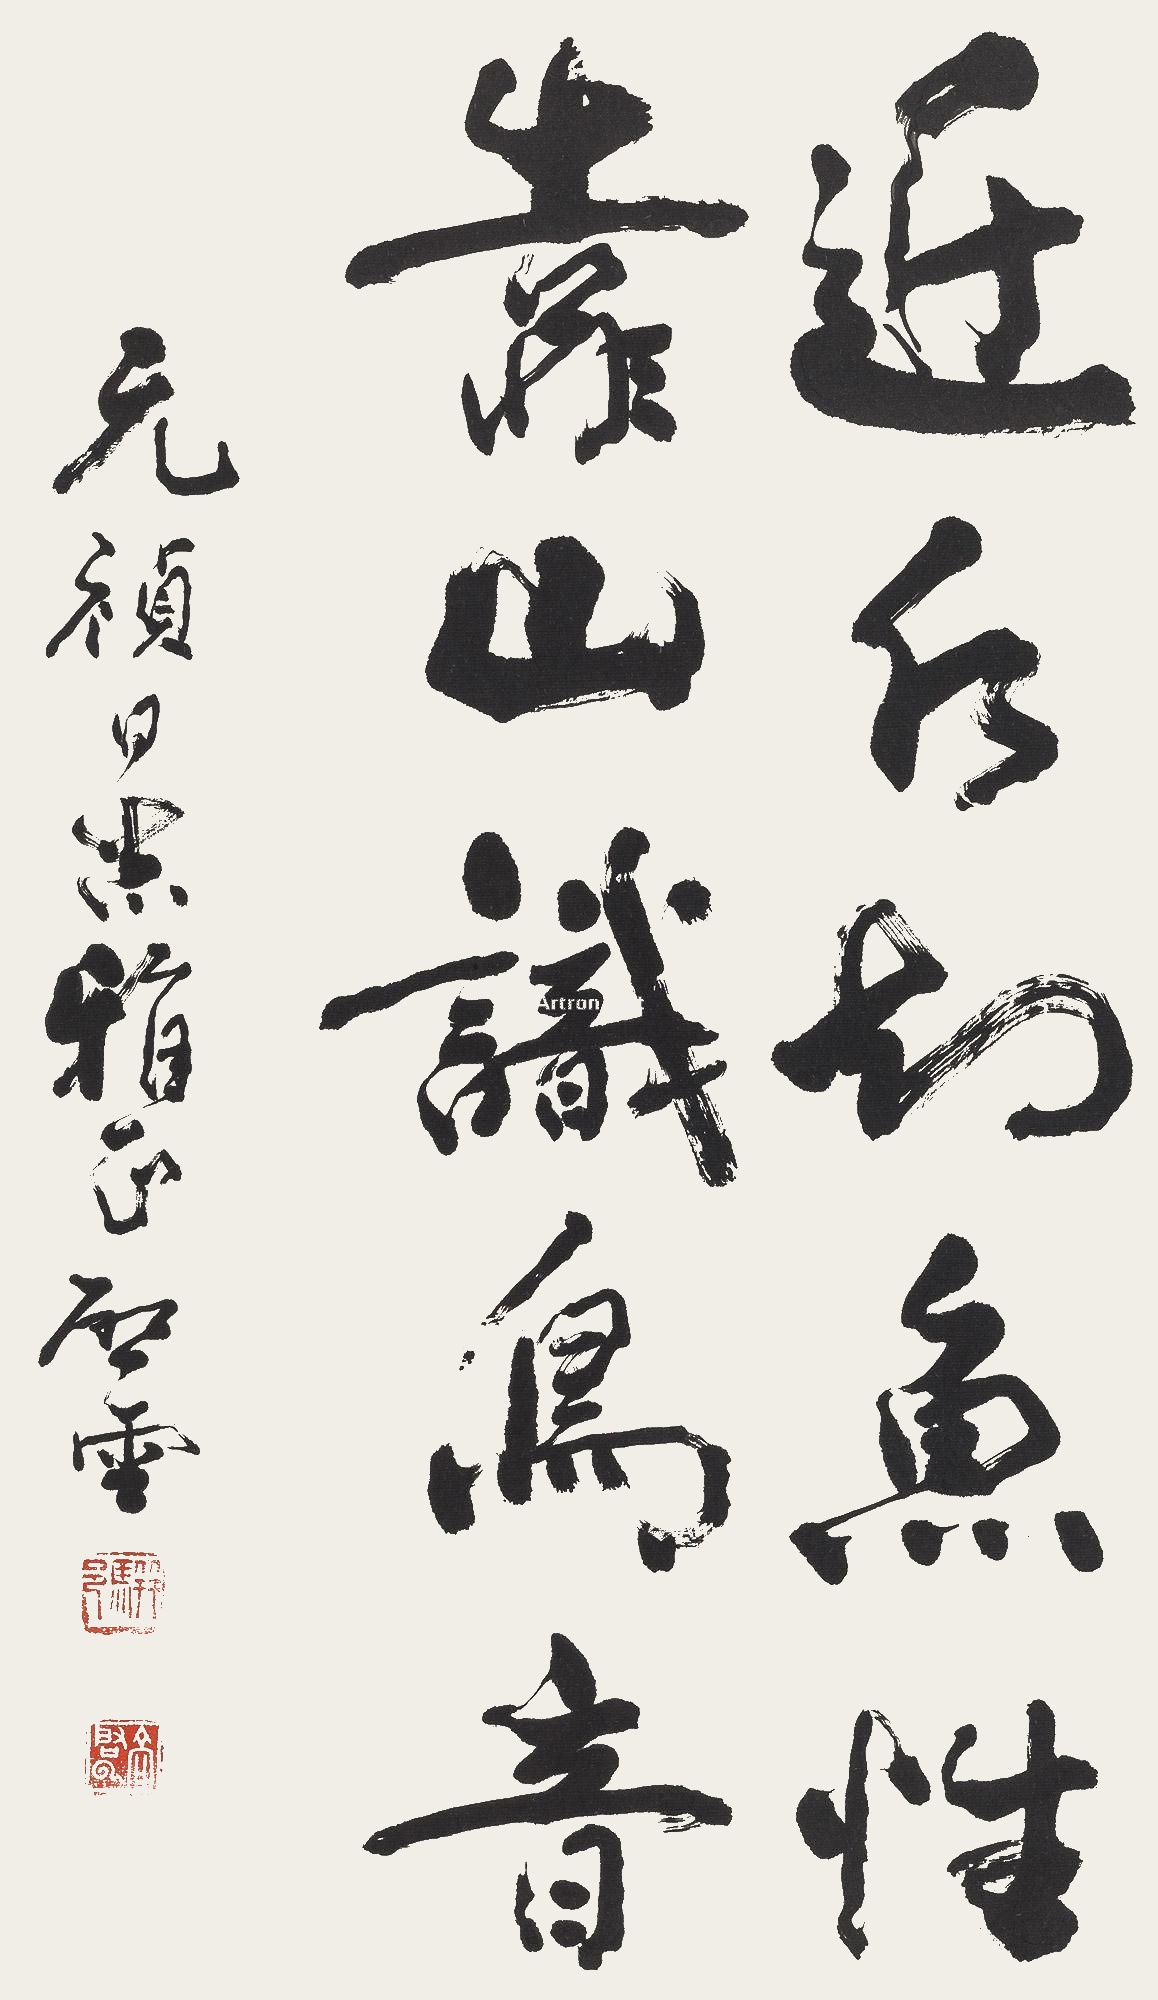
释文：近水知鱼性，靠山识鸟音。元祯同志雅正，启云。